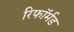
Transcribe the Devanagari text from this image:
रिफॉर्मड